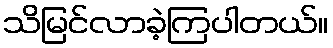
သိမြင်လာခဲ့ကြပါတယ်။